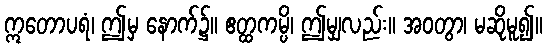
ဣတောပရံ၊ ဤမှ နောက်၌။ ဧတ္ထကမ္ပိ၊ ဤမျှလည်း။ အဝတွာ၊ မဆိုမူ၍။